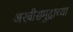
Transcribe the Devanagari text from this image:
अरबीसमुद्राच्या